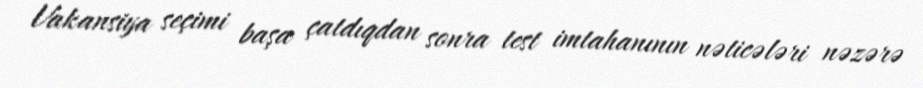
Vakansiya seçimi başa çatdıqdan sonra test imtahanının nəticələri nəzərə